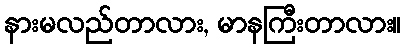
နားမလည်တာလား, မာနကြီးတာလား။